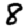
Digit: 8